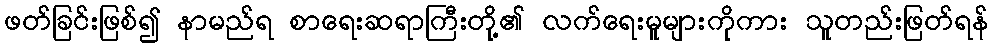
ဖတ်ခြင်းဖြစ်၍ နာမည်ရ စာရေးဆရာကြီးတို့၏ လက်ရေးမူများကိုကား သူတည်းဖြတ်ရန်